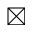
\boxtimes